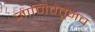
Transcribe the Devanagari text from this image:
जाणिवेतूनच